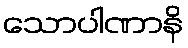
သောပါဏာနိ